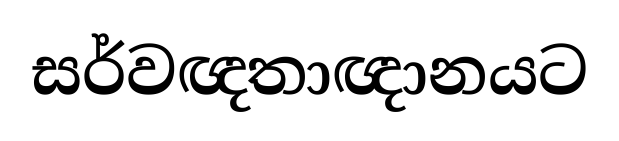
සර්වඥතාඥානයට